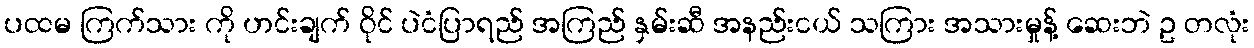
ပထမ ကြက်သား ကို ဟင်းချက် ဝိုင် ပဲငံပြာရည် အကြည် နှမ်းဆီ အနည်းငယ် သကြား အသားမှုန့် ဆေးဘဲ ဥ တလုံး